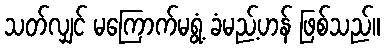
သတ်လျှင် မကြောက်မရွံ့ ခံမည့်ဟန် ဖြစ်သည်။